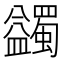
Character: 蠲